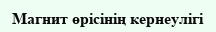
Магнит өрісінің кернеулігі